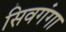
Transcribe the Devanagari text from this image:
सिवगंगा